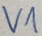
Text: V1